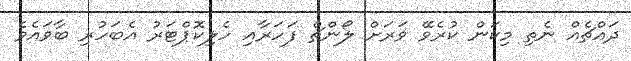
ދައްޗެއް ނެތި މިކަން ކުރެވޭ ވަރަށް ލޯންޗް ފަހަރާއި ހެލިކޮޕްޓަރު އެބަހުރި ބާވައެވެ